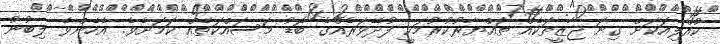
ކުއްލިއަކަށް ގިނަ ޖާޒީތަކެއް ތައްޔާރުކުރުމަކީ ފުދޭވަރެއްގެ ބޮޑު މަސައްކަތެއް ކަމަށެވެ. އެހެންވެ ލިބުނު